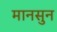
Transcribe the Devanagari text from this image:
मानसुन